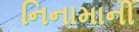
નિનામાની